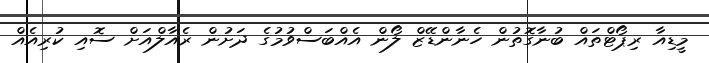
މީޑިއާ ރިޕޯޓްތައް ބުނާގޮތުން ހެނާންޑޭޒް ލޯން އެއްބަސްވުމުގެ ދަށުން ރެއާލްއަށް ސޮއި ކުރިއެއް